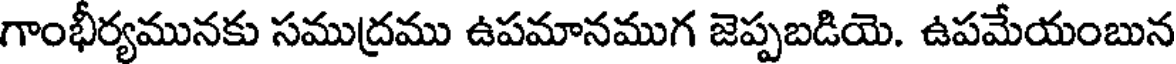
గాంభీర్యమునకు సముద్రము ఉపమానముగ జెప్పబడియె. ఉపమేయంబున